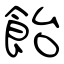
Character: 飴